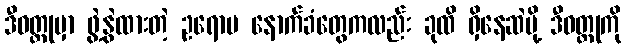
ဒီဝတ္ထုမှာ ဖွဲ့နွဲထားတဲ့ ဥရောပ နောက်ခံတွေကလည်း ခုထိ ရှိနေဆဲမို့ ဒီဝတ္ထုကို